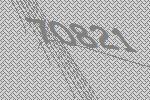
70821